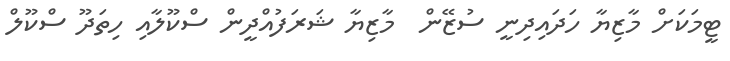
ޓީމަކަށް މާޒިޔާ ހަދައިދިނީ ސުޒޭން  މާޒިޔާ ޝަރަފުއްދީން ސްކޫލާއި ހިތަދޫ ސްކޫލް